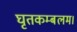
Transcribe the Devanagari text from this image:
घृतकम्बलम।